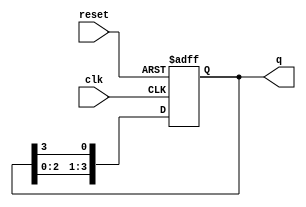
module bistable_ring_counter #(parameter N = 4) (
    input wire clk,         // Clock signal
    input wire reset,       // Asynchronous reset signal
    output reg [N-1:0] q    // Output state of the ring counter
);

    // Initial state
    initial begin
        q = 1'b1; // Initialize the counter with '1000' for a 4-bit counter
    end

    // Sequential logic for the ring counter
    always @(posedge clk or posedge reset) begin
        if (reset) begin
            q <= 1'b1; // Reset to '1000'
        end else begin
            q <= {q[N-2:0], q[N-1]}; // Shift the '1' through the ring
        end
    end

endmodule